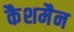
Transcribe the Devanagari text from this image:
कैशमैन